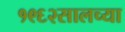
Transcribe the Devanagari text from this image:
१९६२सालच्या